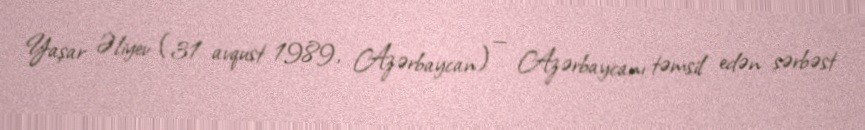
Yaşar Əliyev (31 avqust 1989, Azərbaycan) — Azərbaycanı təmsil edən sərbəst